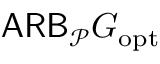
\mathsf { A R B } _ { \mathcal P } G _ { \mathrm { o p t } }